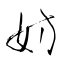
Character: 妨